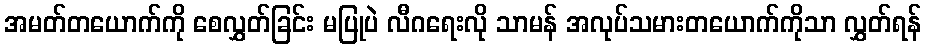
အမတ်တယောက်ကို စေလွှတ်ခြင်း မပြုပဲ လီဂရေးလို သာမန် အလုပ်သမားတယောက်ကိုသာ လွှတ်ရန်